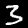
Label: 3